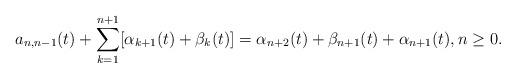
LaTeX: \begin{align*}a_{n,n-1}(t) + \sum_{k=1}^{n+1} [\alpha_{k+1}(t) + \beta_{k}(t)] = \alpha_{n+2}(t) + \beta_{n+1}(t) + \alpha_{n+1}(t), n \geq 0.\end{align*}